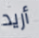
أريد